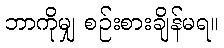
ဘာကိုမျှ စဉ်းစားချိန်မရ။